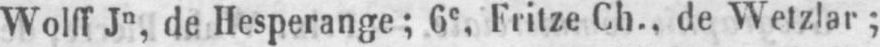
Wolff Jn de Hesperange; 6e Fritze Ch.. de Wetzlar;